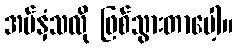
အပ်နှံသလို ဖြစ်သွားတာပေါ့။